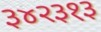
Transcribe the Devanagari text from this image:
३४२३१३